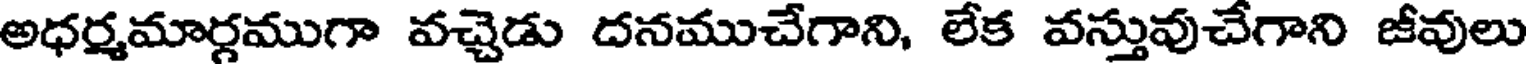
అధర్మమార్గముగా వచ్చెడు దనముచేగాని, లేక వస్తువుచేగాని జీవులు